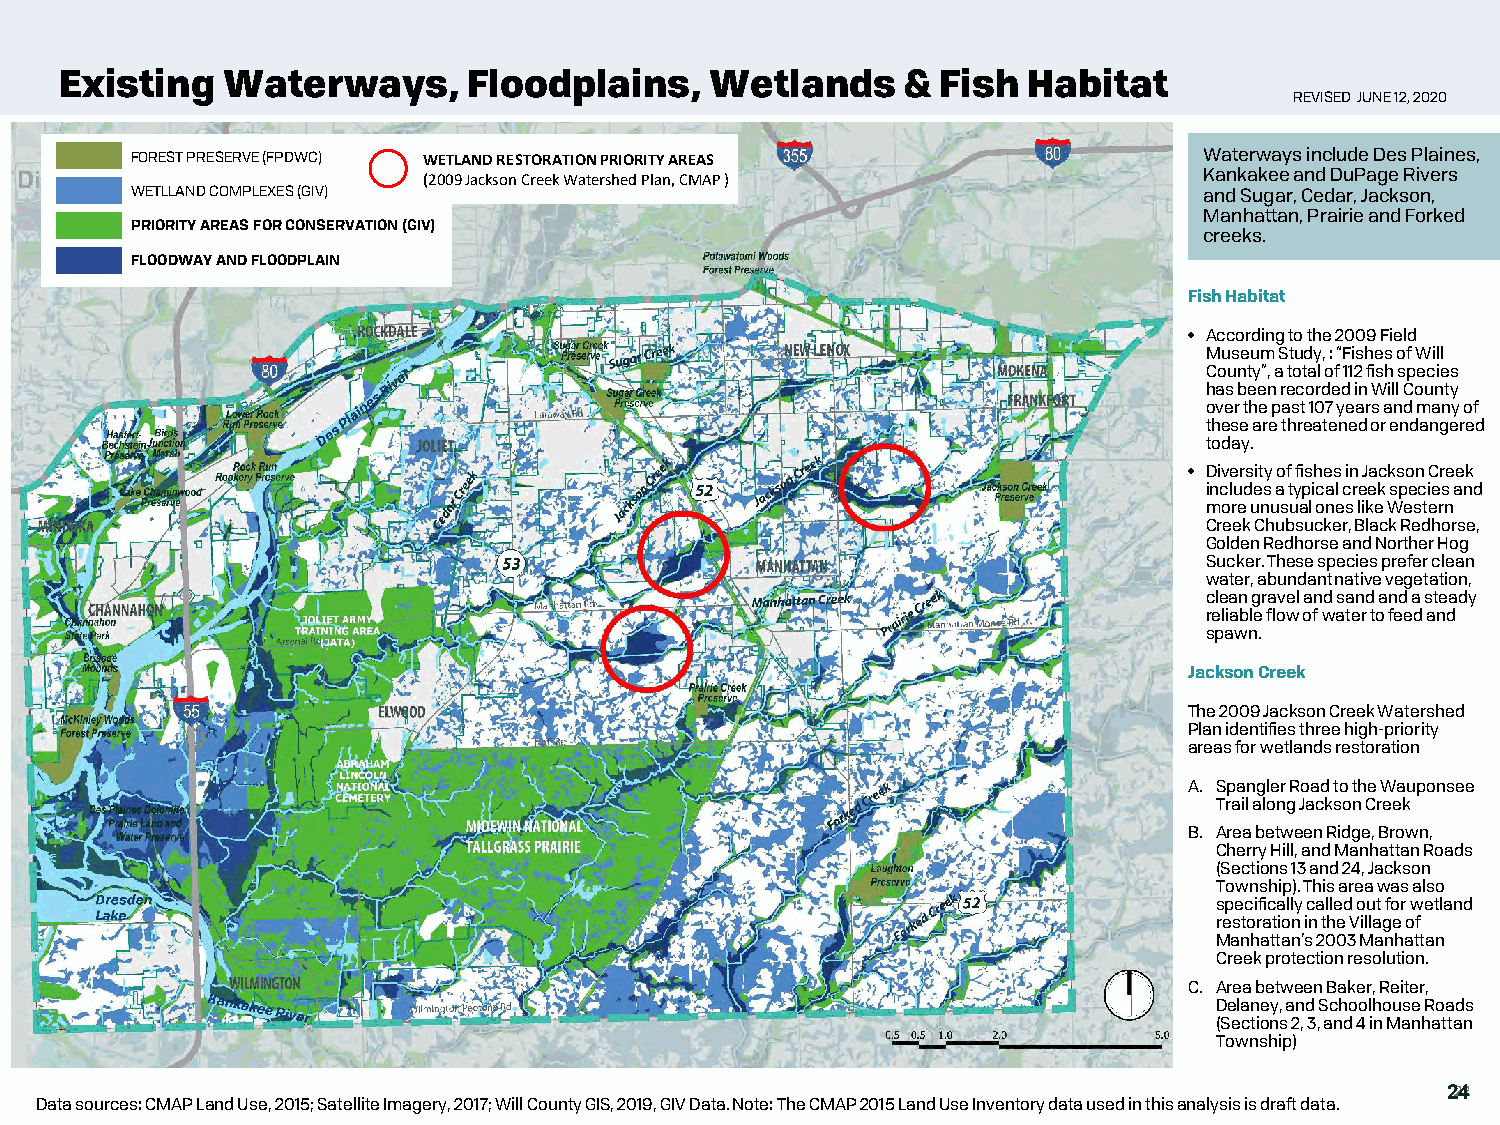
Existing   Waterways,      Floodplains,    Wetlands     & Fish  Habitat
 REVISED JUNE 12, 2020
 FOREST PRESERVE (FPDWC) WETLAND RESTORATION PRIORITY AREAS             Waterways include Des Plaines,
 Kankakee and DuPage Rivers
 (2009 Jackson Creek Watershed Plan, CMAP )
 WETLLAND COMPLEXES (GIV)                                               and Sugar, Cedar, Jackson,
 Manhattan, Prairie and Forked
 PRIORITY AREAS FOR CONSERVATION (GIV)
 creeks.
 FLOODWAY AND FLOODPLAIN
 Fish Habitat
 • According to the 2009 Field
 Museum Study, : “Fishes of Will
 County”, a total of 112 fish species
 has been recorded in Will County
 over the past 107 years and many of
 these are threatened or endangered
 today.
 • Diversity of fishes in Jackson Creek
 includes a typical creek species and
 more unusual ones like Western
 Creek Chubsucker, Black Redhorse,
 Golden Redhorse and Norther Hog
 Sucker. These species prefer clean
 water, abundant native vegetation,
 clean gravel and sand and a steady
 reliable flow of water to feed and
 spawn.
 Jackson Creek
 The 2009 Jackson Creek Watershed
 Plan identifies three high-priority
 areas for wetlands restoration
 A. Spangler Road to the Wauponsee
 Trail along Jackson Creek
 B. Area between Ridge, Brown,
 Cherry Hill, and Manhattan Roads
 (Sections 13 and 24, Jackson
 Township). This area was also
 specifically called out for wetland
 restoration in the Village of
 Manhattan’s 2003 Manhattan
 Creek protection resolution.
 C. Area between Baker, Reiter,
 Delaney, and Schoolhouse Roads
 (Sections 2, 3, and 4 in Manhattan
 Township)
 2242
 Data sources: CMAP Land Use, 2015; Satellite Imagery, 2017; Will County GIS, 2019, GIV Data.Note: The CMAP 2015 Land Use Inventory data used in this analysis is draft data.